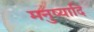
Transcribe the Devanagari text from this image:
मनुष्यादि